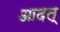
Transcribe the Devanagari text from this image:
आदत्